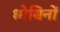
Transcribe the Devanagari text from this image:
धोबिनों